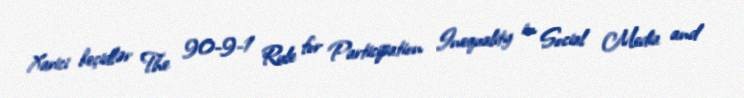
Xarici keçidlər The 90-9-1 Rule for Participation Inequality in Social Media and